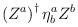
LaTeX: \begin{align*}\left( Z^{a}\right) ^{\dagger }\eta _{b}^{a}Z^{b}\end{align*}